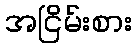
အငြိမ်းစား